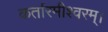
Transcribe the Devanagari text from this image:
कर्तारमीश्वरम्।